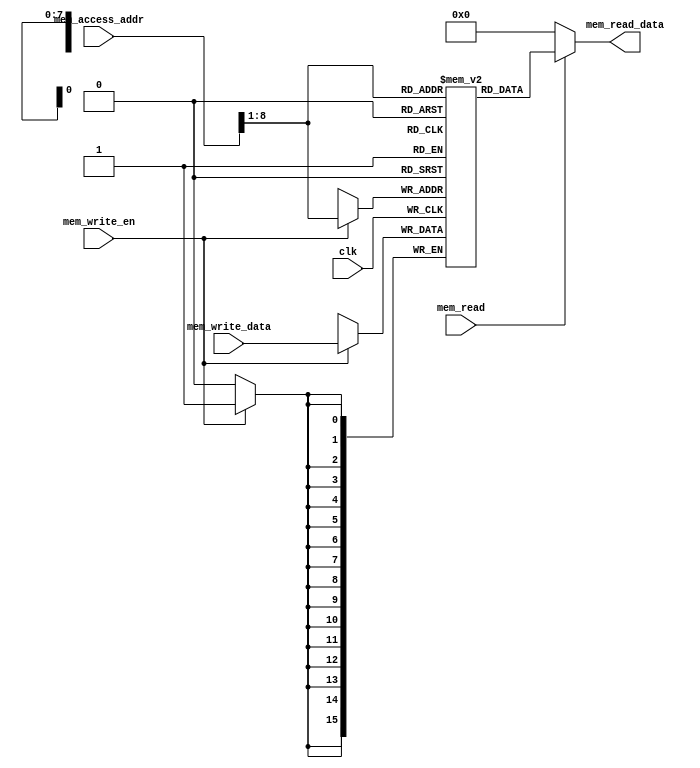
`timescale 1ns / 1ps
//////////////////////////////////////////////////////////////////////////////////
// Company: 
// Engineer: 
// 
// Design Name: 
// Module Name:    data_memory 
// Project Name: 
// Target Devices: 
// Tool versions: 
// Description: 
//
// Dependencies: 
//
// Revision: 
// Revision 0.01 - File Created
// Additional Comments: 
//
//////////////////////////////////////////////////////////////////////////////////
 module data_memory  
 (  
      input                         clk,  
      // address input, shared by read and write port  
      input     [15:0]               mem_access_addr,  
      // write port  
      input     [15:0]               mem_write_data,  
      input                         mem_write_en,  
      input mem_read,  
      // read port  
      output     [15:0]               mem_read_data  
 );  
      integer i;  
      reg [15:0] ram [255:0];  
      wire [7 : 0] ram_addr = mem_access_addr[8 : 1];  
      initial begin  
           for(i=0;i<256;i=i+1)  
                ram[i] <= 16'd0;  
      end  
      always @(posedge clk) begin  
           if (mem_write_en)  
                ram[ram_addr] <= mem_write_data;  
      end  
      assign mem_read_data = (mem_read==1'b1) ? ram[ram_addr]: 16'd0;   
 endmodule